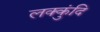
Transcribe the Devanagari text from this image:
लक्कुंदि